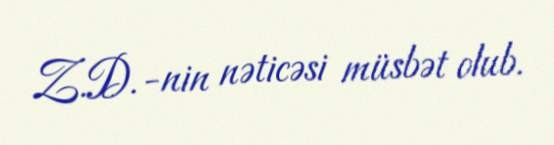
Z.D.-nin nəticəsi müsbət olub.